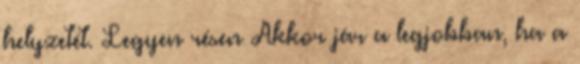
helyzetét. Legyen résen Akkor jár a legjobban, ha a